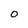
Character: O